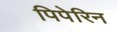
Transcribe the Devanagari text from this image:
पिपेरिन